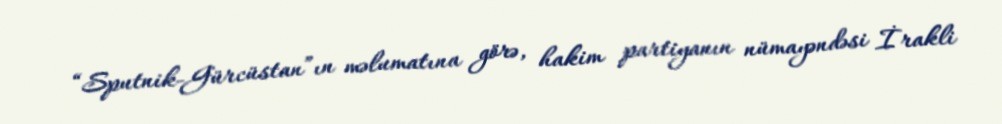
“Sputnik-Gürcüstan”ın məlumatına görə, hakim partiyanın nümayəndəsi İrakli